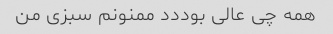
همه چی عالی بوددد ممنونم سبزی من